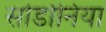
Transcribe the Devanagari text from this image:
सोडोनिया